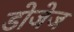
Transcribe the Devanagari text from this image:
डोजेज